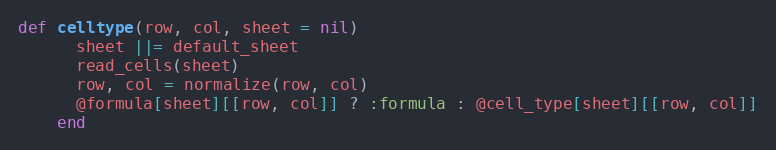
Language: Ruby
def celltype(row, col, sheet = nil)
      sheet ||= default_sheet
      read_cells(sheet)
      row, col = normalize(row, col)
      @formula[sheet][[row, col]] ? :formula : @cell_type[sheet][[row, col]]
    end